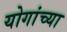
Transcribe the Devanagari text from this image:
योगांच्या